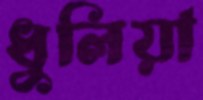
ধুলিয়া